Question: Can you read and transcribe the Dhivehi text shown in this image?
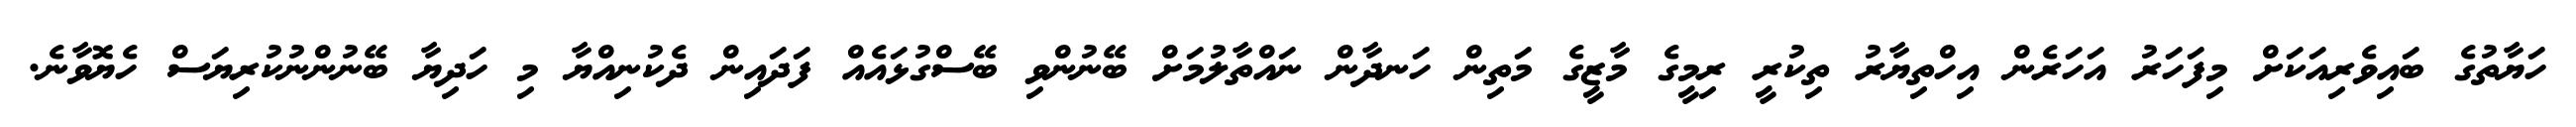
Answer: ހަޔާތުގެ ބައިވެރިއަކަށް މިފަހަރު އަހަރެން އިހްތިޔާރު ތިކުރީ ރިމީގެ މާޒީގެ މަތިން ހަނދާން ނައްތާލުމަށް ބޭނުންވި ބޭސްގުޅައެއް ފަދައިން ދެކުނިއްޔާ މި ހަދިޔާ ބޭނުންނުކުރިޔަސް ހެޔޮވާނެ.